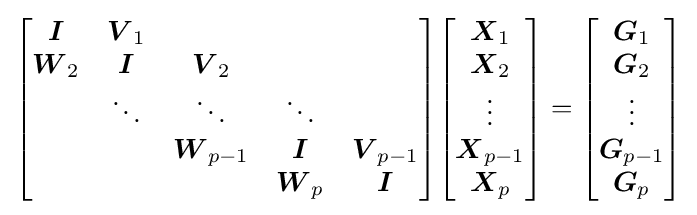
{\begin{bmatrix}{\boldsymbol {I}}&{\boldsymbol {V}}_{1}\\{\boldsymbol {W}}_{2}&{\boldsymbol {I}}&{\boldsymbol {V}}_{2}\\&\ddots &\ddots &\ddots \\&&{\boldsymbol {W}}_{p-1}&{\boldsymbol {I}}&{\boldsymbol {V}}_{p-1}\\&&&{\boldsymbol {W}}_{p}&{\boldsymbol {I}}\end{bmatrix}}{\begin{bmatrix}{\boldsymbol {X}}_{1}\\{\boldsymbol {X}}_{2}\\\vdots \\{\boldsymbol {X}}_{p-1}\\{\boldsymbol {X}}_{p}\end{bmatrix}}={\begin{bmatrix}{\boldsymbol {G}}_{1}\\{\boldsymbol {G}}_{2}\\\vdots \\{\boldsymbol {G}}_{p-1}\\{\boldsymbol {G}}_{p}\end{bmatrix}}